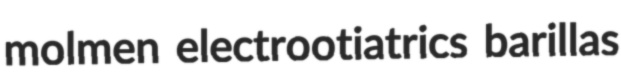
molmen electrootiatrics barillas